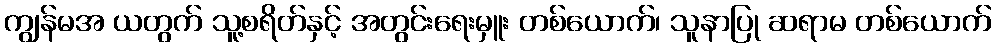
ကျွန်မအ ယတွက် သူ့စရိတ်နှင့် အတွင်းရေးမှူး တစ်ယောက်၊ သူနာပြု ဆရာမ တစ်ယောက်